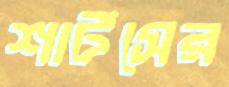
শার্টসের